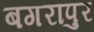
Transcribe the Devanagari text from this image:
बगरापुर